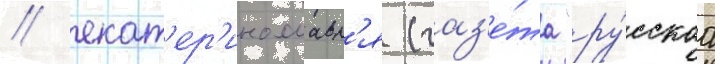
/ екат'ер'инославл'я (газ'е́та "ру́сскаа